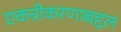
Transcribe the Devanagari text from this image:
एकत्रीकरणाबद्दल